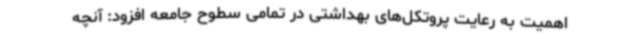
اهمیت به رعایت پروتکل‌های بهداشتی در تمامی سطوح جامعه افزود: آنچه